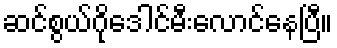
ဆင်စွယ်ဂိုဒေါင်မီးလောင်နေပြီ။